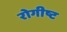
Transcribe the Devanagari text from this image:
रोगीष्ट